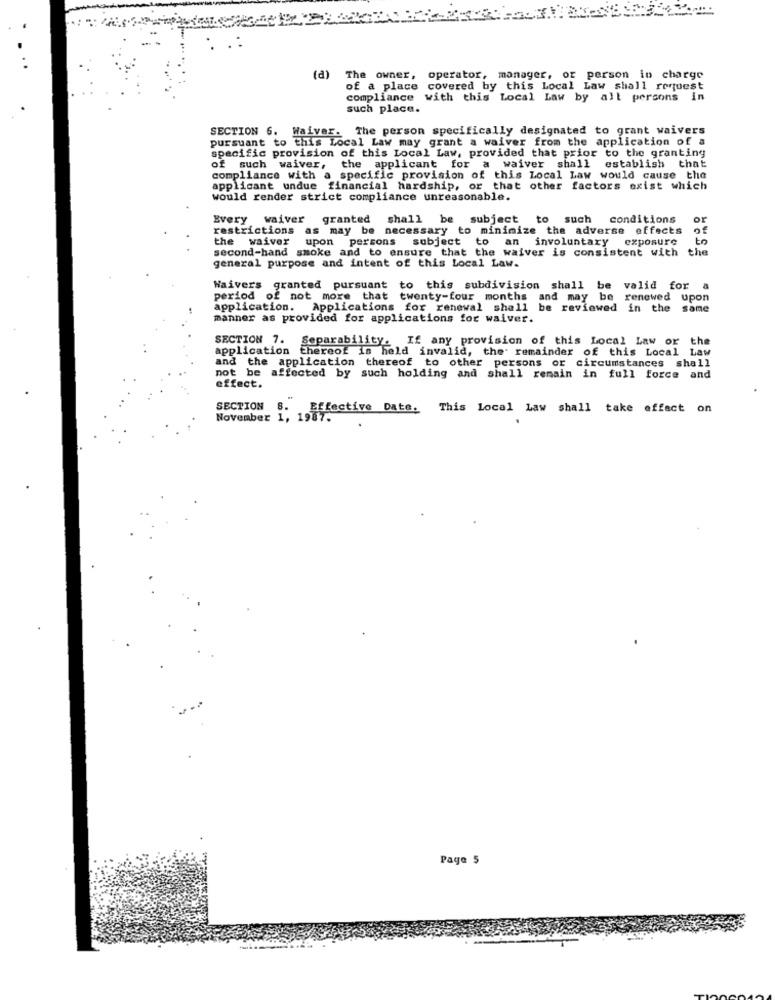
(a)
The owner, operator, manager, or person in charge
of a place covered by this Local Law shall request
compliance
with this Local Law by all persons i
such place.
SECTION 6.
Waiver. The person specifically designated to grant waivers
pursuant to this Local Law may grant a waiver from the application of a
specific provision of this Local Law, provided that prior to the granting
of such waiver,
the applicant for a waiver shall
establish
that
compliance with a
specific provision of this Local Law would cause the
applicant undue
financial hardship,
or that other factors exist which
would render strict compliance unreasonable.
Every
waiver
granted shall be subject to such conditions
shall
or
restrictions
as may be necessary to minimize the adverse effects
the waiver upon persons subject to an involuntary exposure
to
second-hand smoke and to ensure that the waiver is consistent with
the
general purpose and intent of this Local Law.
Waivers granted pursuant to this subdivision shall be valid for a
period of not more that twenty-four months and may be renewed upon
application.
Applications for renewal shall be reviewed in the same
manner as provided for applications for waiver.
SECTION 7.
Separability:
If any provision of this Local Law or the
application thereof is held invalid, the remainder of this Local Law
and
not be
the application thereof to other persons or circumstances shall
affected by such holding and shall remain in full force and
effect.
SECTION
Effective Date. This Local Law shall take effect
on
November 1, 1957.
Page 5